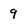
Character: 9